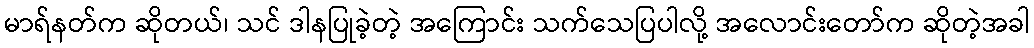
မာရ်နတ်က ဆိုတယ်၊ သင် ဒါနပြုခဲ့တဲ့ အကြောင်း သက်သေပြပါလို့ အလောင်းတော်က ဆိုတဲ့အခါ